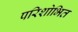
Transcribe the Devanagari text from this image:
परिशोभित